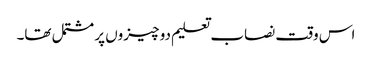
اس وقت نصاب تعلیم دو چیزوں پر مشتمل تھا۔